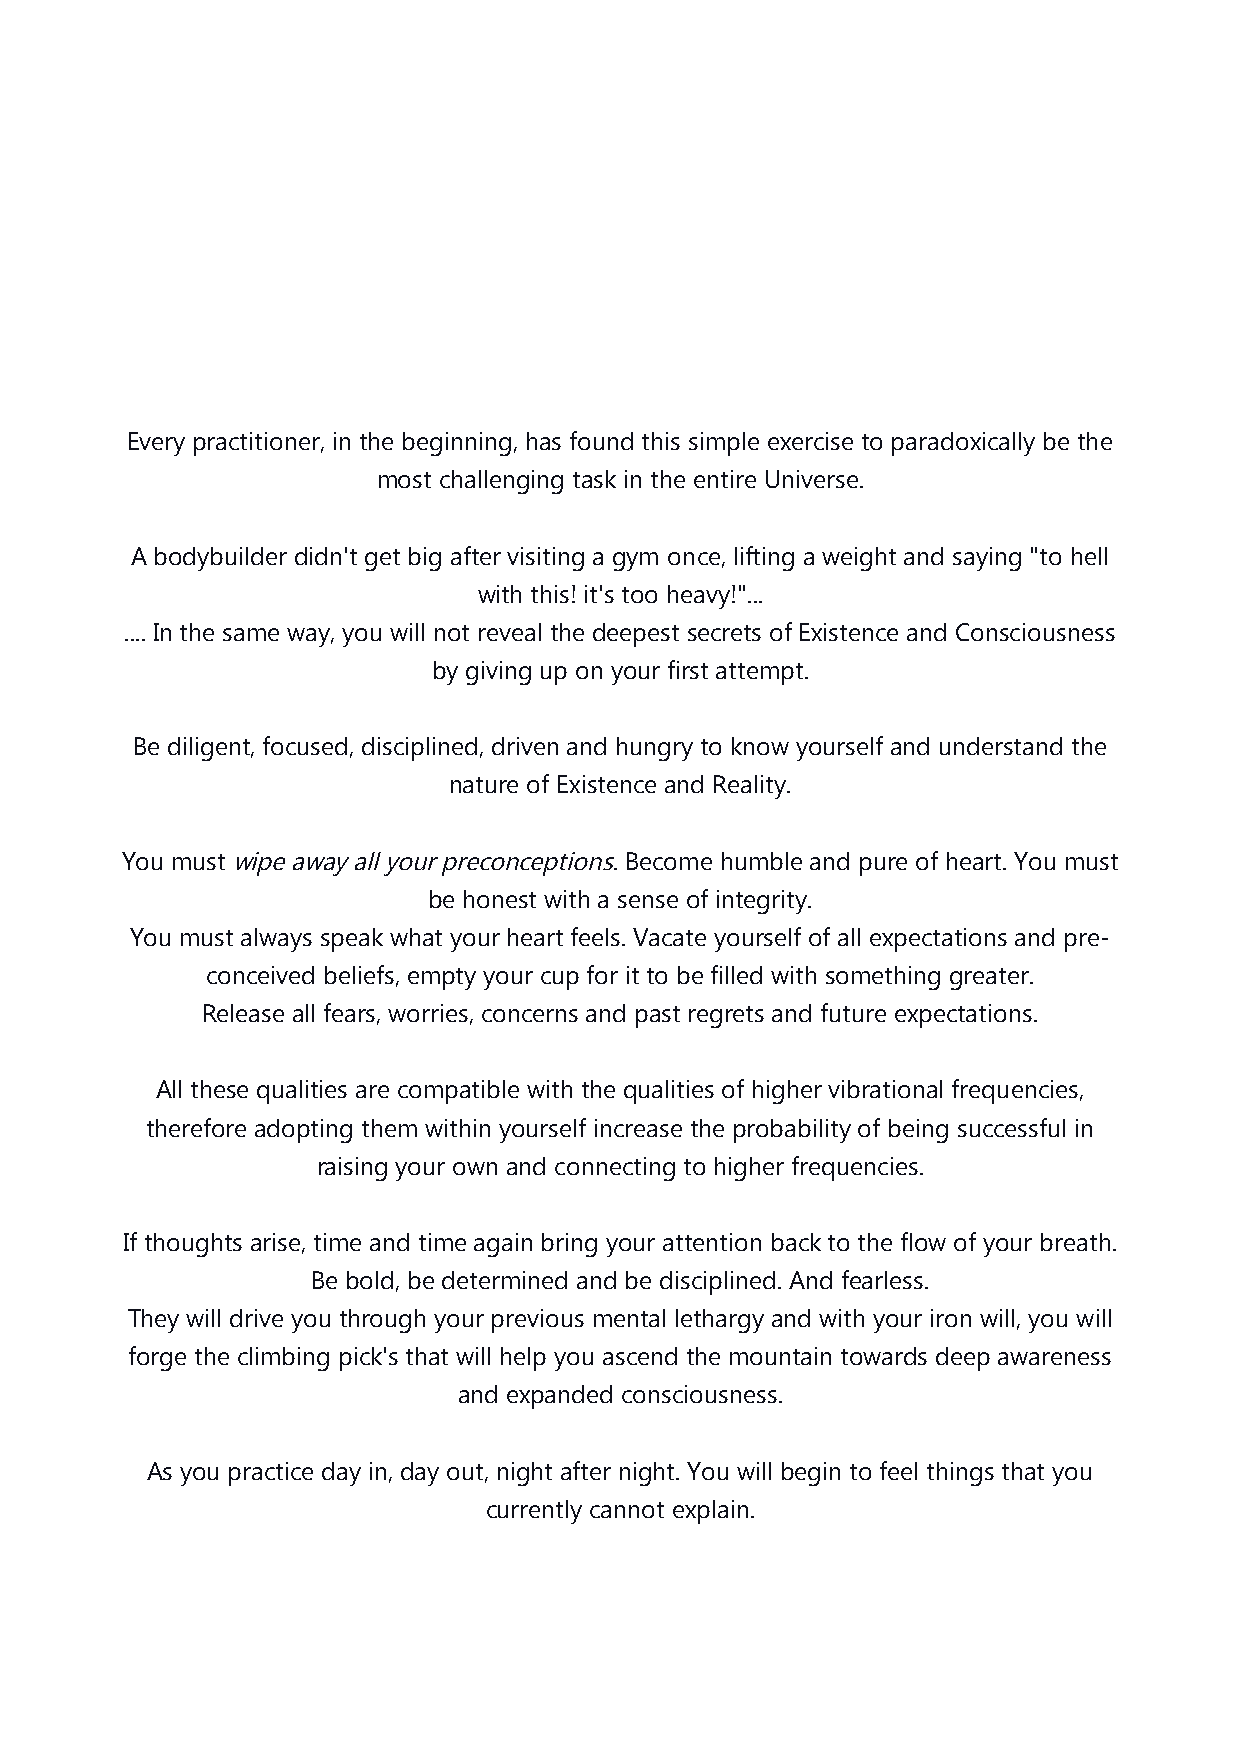
Every practitioner, in the beginning, has found this simple exercise to paradoxically be the
 most challenging task in the entire Universe.
 A bodybuilder didn't get big after visiting a gym once, lifting a weight and saying "to hell
 with this! it's too heavy!"...
 .... In the same way, you will not reveal the deepest secrets of Existence and Consciousness
 by giving up on your first attempt.
 Be diligent, focused, disciplined, driven and hungry to know yourself and understand the
 nature of Existence and Reality.
 You must wipe away all your preconceptions. Become humble and pure of heart. You must
 be honest with a sense of integrity.
 You must always speak what your heart feels. Vacate yourself of all expectations and pre-
 conceived beliefs, empty your cup for it to be filled with something greater.
 Release all fears, worries, concerns and past regrets and future expectations.
 All these qualities are compatible with the qualities of higher vibrational frequencies,
 therefore adopting them within yourself increase the probability of being successful in
 raising your own and connecting to higher frequencies.
 If thoughts arise, time and time again bring your attention back to the flow of your breath.
 Be bold, be determined and be disciplined. And fearless.
 They will drive you through your previous mental lethargy and with your iron will, you will
 forge the climbing pick's that will help you ascend the mountain towards deep awareness
 and expanded consciousness.
 As you practice day in, day out, night after night. You will begin to feel things that you
 currently cannot explain.